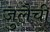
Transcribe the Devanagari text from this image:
जुलैची